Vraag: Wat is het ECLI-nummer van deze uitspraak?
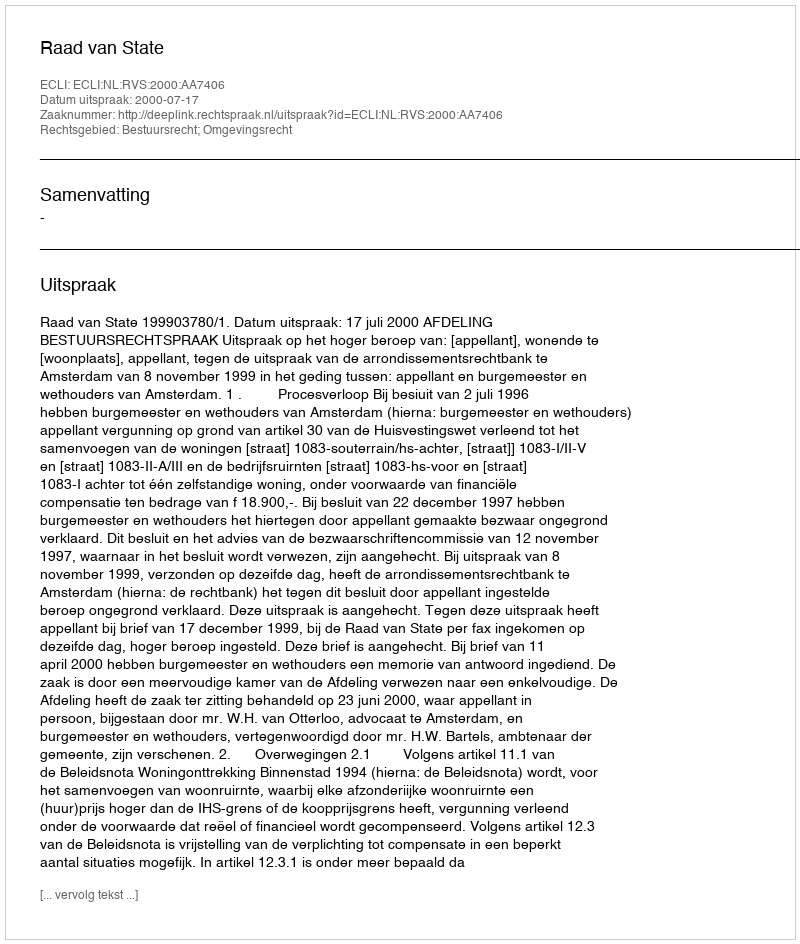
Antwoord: ECLI:NL:RVS:2000:AA7406